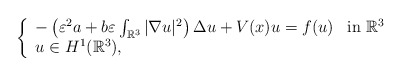
\begin{align*}\left \{ \begin{array}{ll}-\left(\varepsilon^{2}a+b\varepsilon\int_{\mathbb{R}^3}|\nabla u|^{2}\right)\Delta u + V(x)u=f(u) & \mbox{in $\mathbb{R}^3$}\\u \in H^{1}(\mathbb{R}^3),\end{array}\right.\end{align*}